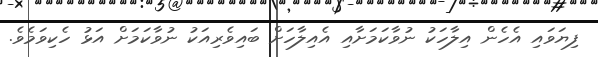
ފިޔަވައި އެހެން އިލާހަކު ނުވާކަމަށާއި އެއިލާހަށް ބައިވެރިއަކު ނުވާކަމަށް އަޅު ހެކިވަމެވެ.